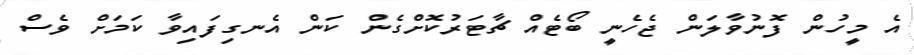
އެ މީހުން ފޮނުވާލަން ޖެހެނީ ބޯޓެއް ޗާޓަރުކޮށްގެން ކަން އެނގިފައިވާ ކަމަށް ވެސް